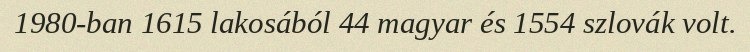
1980-ban 1615 lakosából 44 magyar és 1554 szlovák volt.